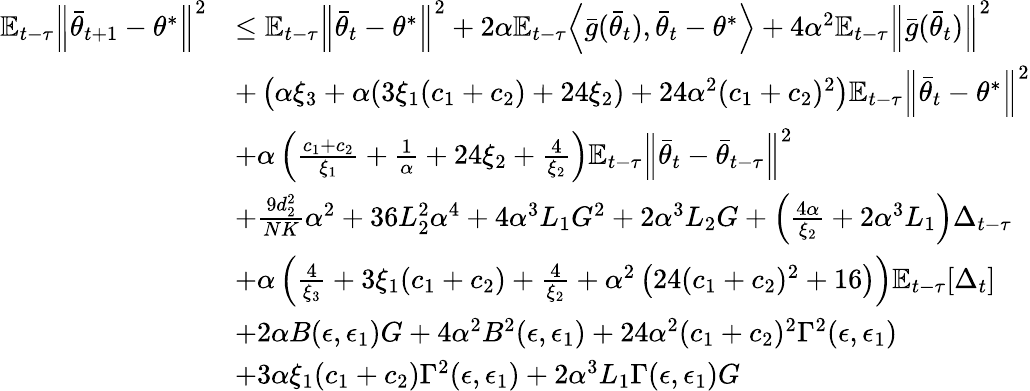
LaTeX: \begin{array}{rl}{\mathbb{E}_{t-\tau}\Big\lVert\bar{\theta}_{t+1}-\theta^{*}\Big\rVert^{2}}&{\le\mathbb{E}_{t-\tau}\Big\lVert\bar{\theta}_{t}-\theta^{*}\Big\rVert^{2}+2\alpha\mathbb{E}_{t-\tau}\Big\langle\bar{g}(\bar{\theta}_{t}),\bar{\theta}_{t}-\theta^{*}\Big\rangle+4\alpha^{2}\mathbb{E}_{t-\tau}\Big\lVert\bar{g}(\bar{\theta}_{t})\Big\rVert^{2}}\\ &{+\left(\alpha\xi_{3}+\alpha(3\xi_{1}(c_{1}+c_{2})+24\xi_{2})+24\alpha^{2}(c_{1}+c_{2})^{2}\right)\mathbb{E}_{t-\tau}\Big\lVert\bar{\theta}_{t}-\theta^{*}\Big\rVert^{2}}\\ &{+\alpha\left(\frac{c_{1}+c_{2}}{\xi_{1}}+\frac{1}{\alpha}+24\xi_{2}+\frac{4}{\xi_{2}}\right)\mathbb{E}_{t-\tau}\Big\lVert\bar{\theta}_{t}-\bar{\theta}_{t-\tau}\Big\rVert^{2}}\\ &{+\frac{9d_{2}^{2}}{NK}\alpha^{2}+36L_{2}^{2}\alpha^{4}+4\alpha^{3}L_{1}G^{2}+2\alpha^{3}L_{2}G+\left(\frac{4\alpha}{\xi_{2}}+2\alpha^{3}L_{1}\right)\Delta_{t-\tau}}\\ &{+\alpha\left(\frac{4}{\xi_{3}}+3\xi_{1}(c_{1}+c_{2})+\frac{4}{\xi_{2}}+\alpha^{2}\left(24(c_{1}+c_{2})^{2}+16\right)\right)\mathbb{E}_{t-\tau}[\Delta_{t}]}\\ &{+2\alpha B(\epsilon,\epsilon_{1})G+4\alpha^{2}B^{2}(\epsilon,\epsilon_{1})+24\alpha^{2}(c_{1}+c_{2})^{2}\Gamma^{2}(\epsilon,\epsilon_{1})}\\ &{+3\alpha\xi_{1}(c_{1}+c_{2})\Gamma^{2}(\epsilon,\epsilon_{1})+2\alpha^{3}L_{1}\Gamma(\epsilon,\epsilon_{1})G}\end{array}